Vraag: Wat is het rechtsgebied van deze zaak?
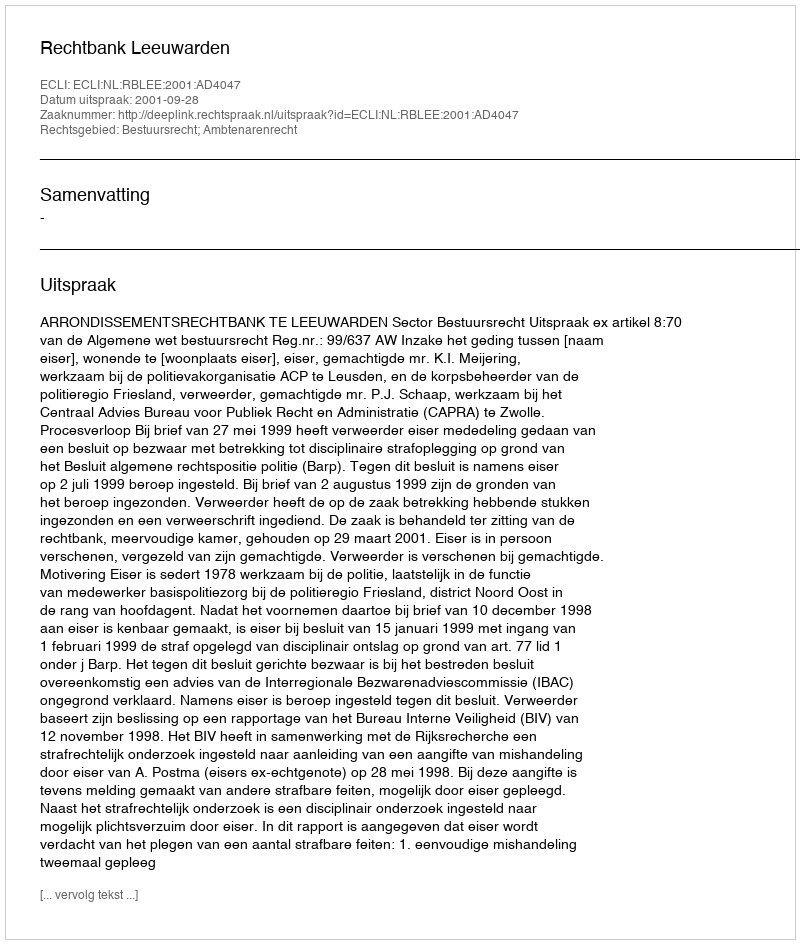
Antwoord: Bestuursrecht; Ambtenarenrecht